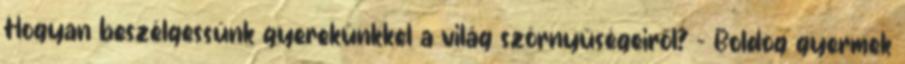
Hogyan beszélgessünk gyerekünkkel a világ szörnyűségeiről? - Boldog gyermek